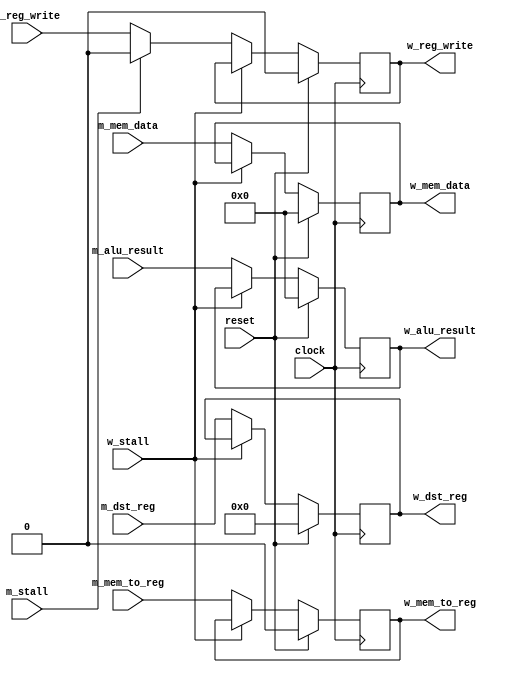
module memory_to_writeback
(
    input clock,
    input reset,

    /* Memory stage variables. */
    input  [4:0] m_dst_reg,     // Destination register index.
    input        m_reg_write,   // Flag indicating that register file should be written.
    input        m_mem_to_reg,  // Flag indicating if register file write data is ALU output (0) or data memory (1).
    input [31:0] m_alu_result,  // Result of the ALU operation.
    input [31:0] m_mem_data,    // Data read from memory.
    input        m_stall,       // Flag indicating that this stage is stalled.
    
    /* Writeback stage variables. */
    input             w_stall,       // Flag indicating that this stage is stalled.
    output reg  [4:0] w_dst_reg,     // Destination register index.
    output reg        w_reg_write,   // Flag indicating that register file should be written.
    output reg        w_mem_to_reg,  // Flag indicating if register file write data is ALU output (0) or data memory (1).
    output reg [31:0] w_alu_result,  // Result of the ALU operation.
    output reg [31:0] w_mem_data     // Data read from memory.
);

    always @(posedge clock) begin
        w_dst_reg    <= (reset) ?  5'b0 : (w_stall ? w_dst_reg                      : m_dst_reg);
        w_reg_write  <= (reset) ?  1'b0 : (w_stall ? w_reg_write  : (m_stall ? 1'b0 : m_reg_write));
        w_mem_to_reg <= (reset) ?  1'b0 : (w_stall ? w_mem_to_reg                   : m_mem_to_reg);
        w_alu_result <= (reset) ? 32'b0 : (w_stall ? w_alu_result                   : m_alu_result);
        w_mem_data   <= (reset) ? 32'b0 : (w_stall ? w_mem_data                     : m_mem_data);
    end

endmodule